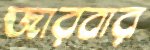
জারবার